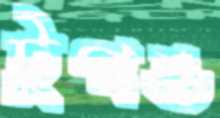
টুপও